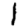
Digit: 1